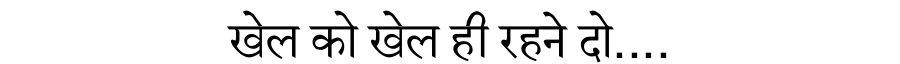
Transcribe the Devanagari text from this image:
खेल को खेल ही रहने दो....